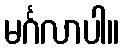
မင်္ဂလာပါ။